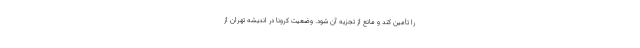
را تأمین کند و مانع از تجزیه آن شود. وضعیت کرونا در اندیشه تهران از